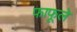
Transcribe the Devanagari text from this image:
फाफूले